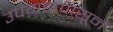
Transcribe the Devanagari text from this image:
उपग्रहापासून